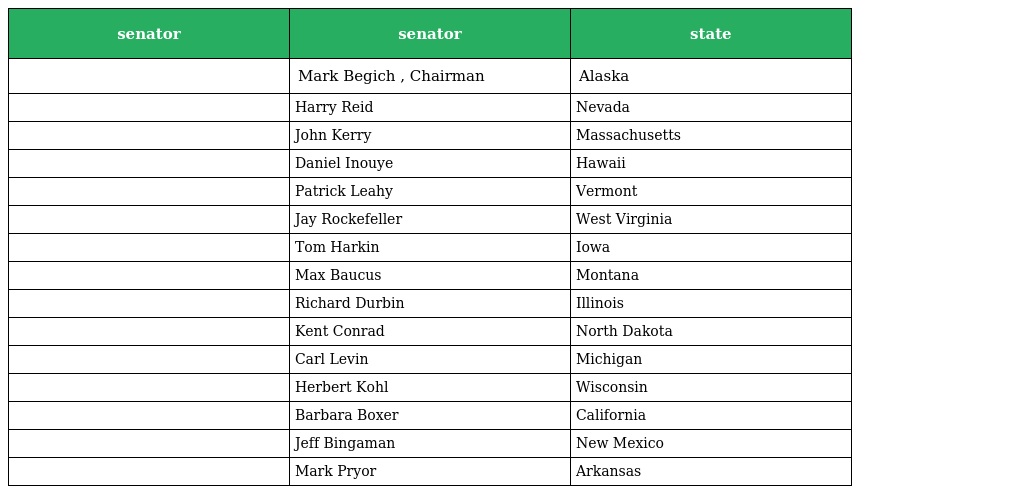
| senator | senator | state |
 | --- | --- | --- |
 |  | Mark Begich , Chairman | Alaska |
 |  | Harry Reid | Nevada |
 |  | John Kerry | Massachusetts |
 |  | Daniel Inouye | Hawaii |
 |  | Patrick Leahy | Vermont |
 |  | Jay Rockefeller | West Virginia |
 |  | Tom Harkin | Iowa |
 |  | Max Baucus | Montana |
 |  | Richard Durbin | Illinois |
 |  | Kent Conrad | North Dakota |
 |  | Carl Levin | Michigan |
 |  | Herbert Kohl | Wisconsin |
 |  | Barbara Boxer | California |
 |  | Jeff Bingaman | New Mexico |
 |  | Mark Pryor | Arkansas |